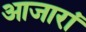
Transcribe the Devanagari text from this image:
आजारां